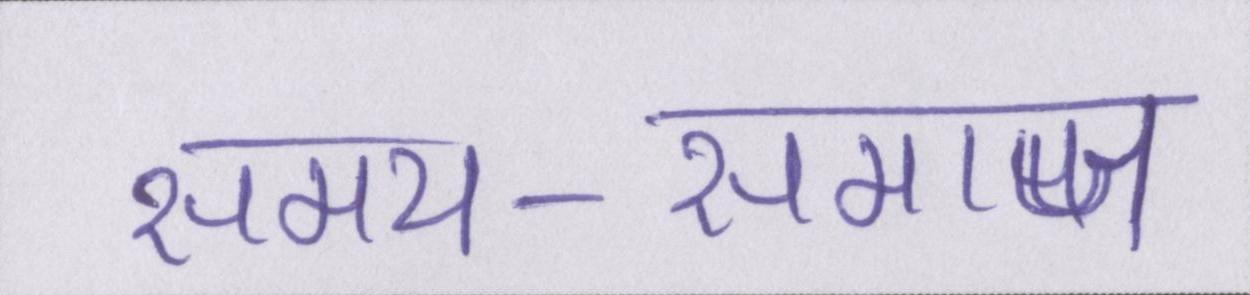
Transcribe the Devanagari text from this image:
समय-समाज